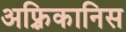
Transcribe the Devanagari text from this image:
अफ़्रिकानिस